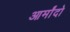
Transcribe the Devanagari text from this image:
आर्मांदो